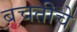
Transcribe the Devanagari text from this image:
बचतीचे